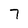
Character: 7